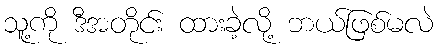
သူ့ကို ဒီအတိုင်း ထားခဲ့လို့ ဘယ်ဖြစ်မလဲ